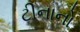
ટીનાનો